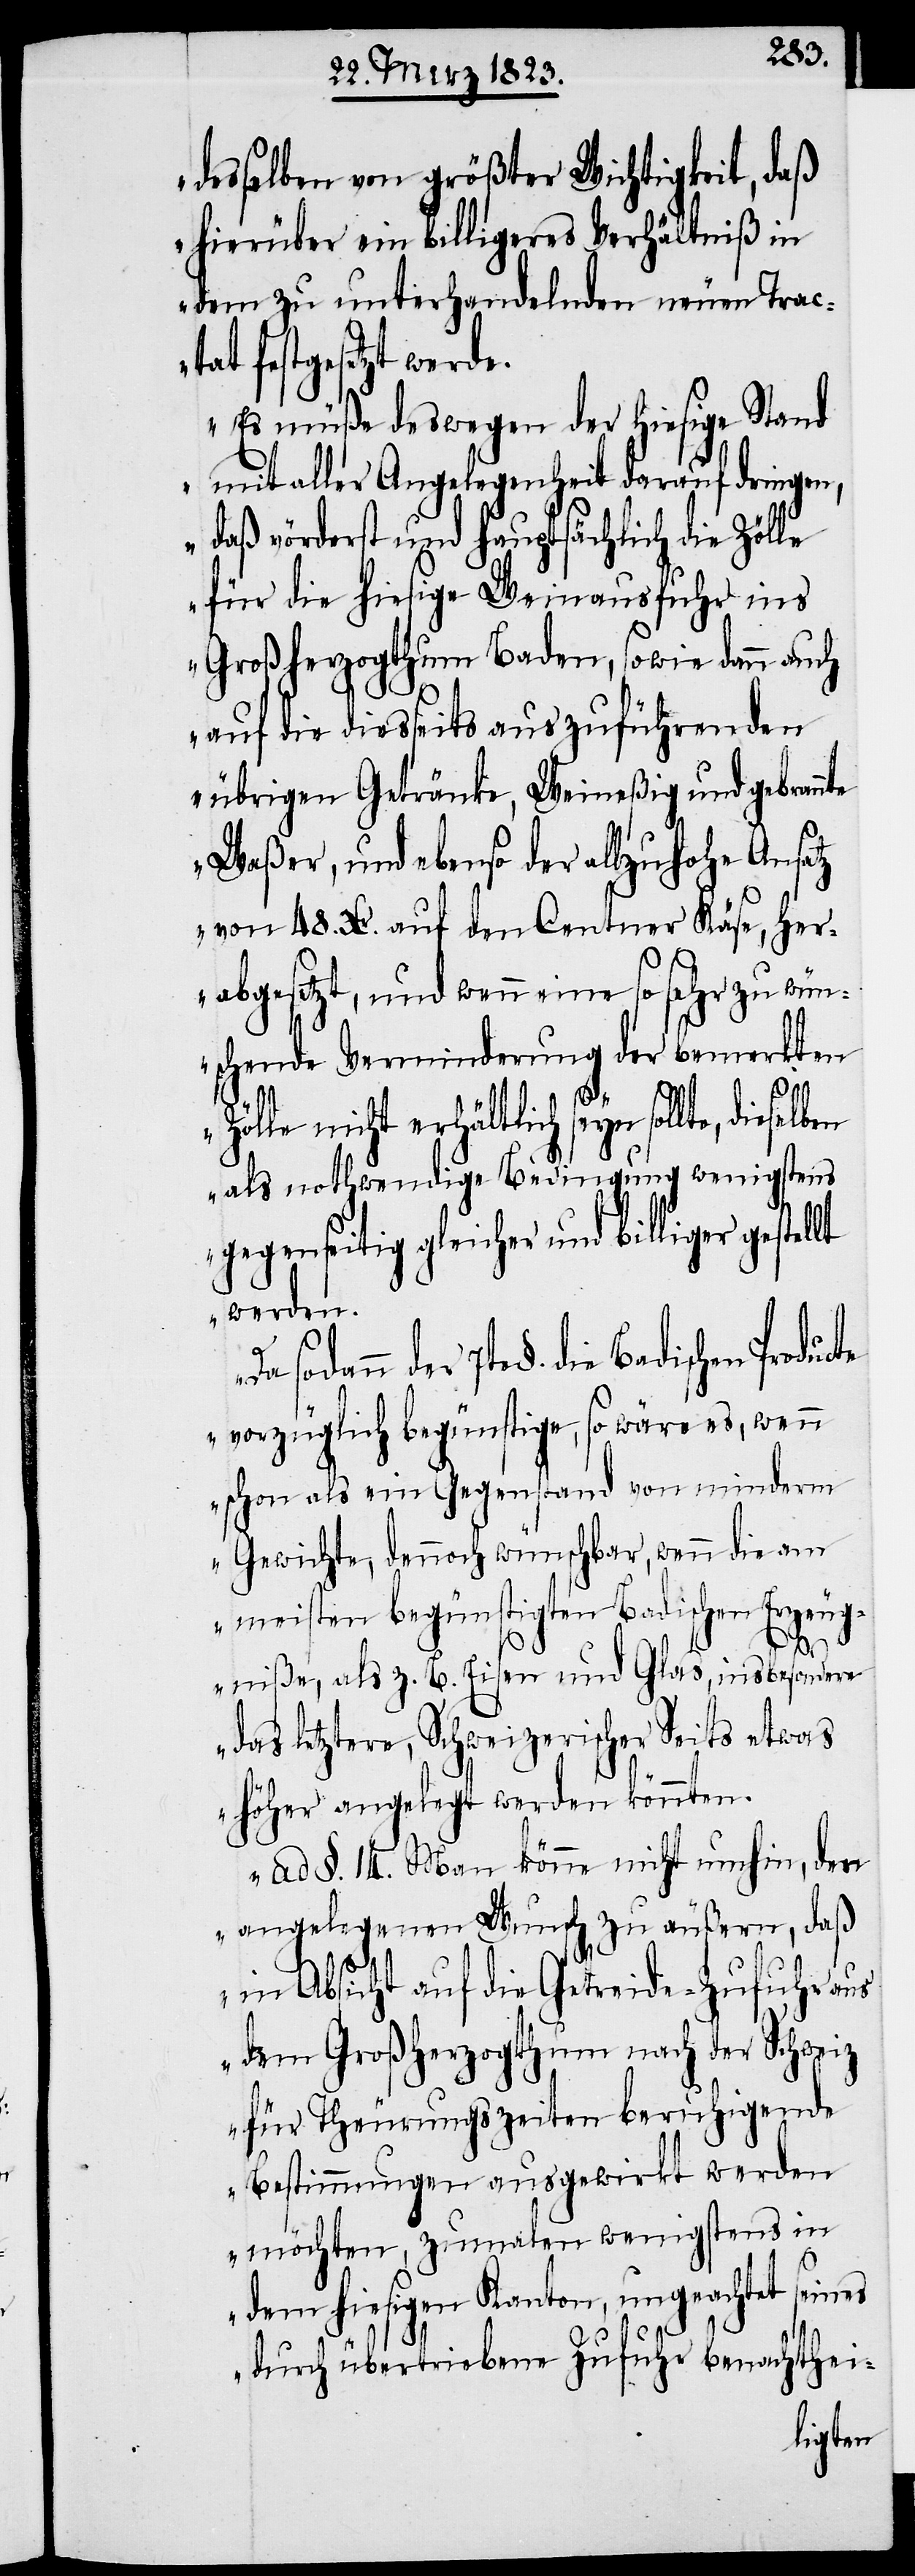
desselben von größter Wichtigkeit, daß
hierüber ein billigeres Verhältniß in
dem zu unterhandelnden neuen Trac¬
tat festgesetzt werde.
Es müße deswegen der hiesige Stand
mit aller Angelegenheit darauf dringen,
daß vörderst und hauptsächlich die Zölle
für die hiesige Weinausfuhr ins
Großherzogthum Baden, sowie dann auch
auf die diesseits auszuführenden
übrigen Getränke, Weineßig und gebrannte
Waßer, und ebenso der allzuhohe Ansatz
von 48. Xr. auf den Centner Käse, her¬
abgesetzt, und wenn eine so sehr zu wün¬
schende Verminderung der bemerkten
§.
die
Zölle nicht erhältlich seyn sollte,
als nothwendige Bedingung wenigstens
gegenseitig gleicher und billiger gestel¬
werden.
vorzüglich begünstige, so wäre es, wenn
schon als ein Gegenstand von minderm
Gewichte, dennoch wünschbar, wenn die am
meisten begünstigten Badischen Erzeug¬
niße, als z. B. Eisen und Glas, insbesondere
das letztere, Schweizerischer Seits etwas
höher angelegt werden könnten.
Ad §. 14. Man könne nicht umhin, den
angelegenen Wunsch zu äußern, daß
in Absicht auf die Getreide-Zufuhr aus
dem Großherzogthum nach der Schweiz
für Theurungszeiten beruhigende
Bestimmungen ausgewirkt werden
möchten, zumalen wenigstens in
dem hiesigen Kanton, ungeachtet seines
durch übertriebene Zufuhr benachthei-